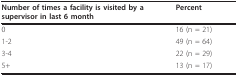
<table><thead><tr><td><b>Number of times a facility is visited by a supervisor in last 6 month</b></td><td><b>Percent</b></td></tr></thead><tbody><tr><td>0</td><td>16 (n = 21)</td></tr><tr><td>1-2</td><td>49 (n = 64)</td></tr><tr><td>3-4</td><td>22 (n = 29)</td></tr><tr><td>5+</td><td>13 (n = 17)</td></tr></tbody></table>